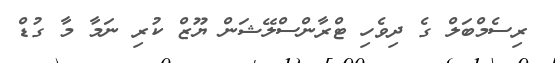
ރިސެމްބަލް ގެ ދިވެހި ޓްރާންސްލޭޝަން ޔޫޒް ކުރި ނަމާ މާ ގުޑް